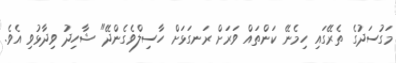
މަގުސަދުގެ ތެރޭގައި ހިމެނޭ ކަންތައް ވަރަށް ރަނގަޅަށް ހާސިލްވެގެންދޭ" ޝާހިދު ވިދާޅުވި އެވެ.